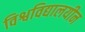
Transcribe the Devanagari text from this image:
विश्वविद्यालयीन